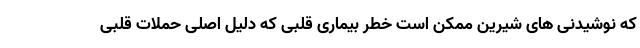
که نوشیدنی های شیرین ممکن است خطر بیماری قلبی که دلیل اصلی حملات قلبی